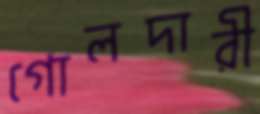
গোলদারী